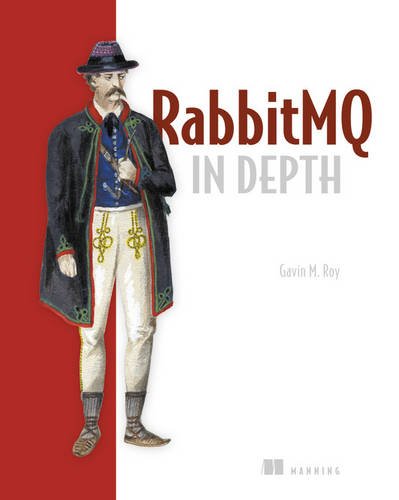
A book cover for RabbitMQ in Depth; Gavin M. Roy; Computers & Technology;